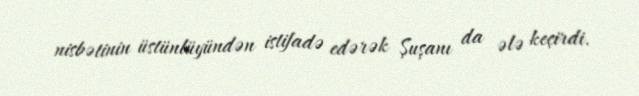
nisbətinin üstünlüyündən istifadə edərək Şuşanı da ələ keçirdi.